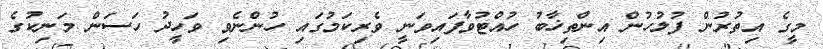
މީގެ އިތުރުން ފުލުހުން އިންތިޚާބު ހުއްޓުވާފައިވަނީ ވެރިކަމުގައި ހުންނެވި ވަހީދު ހަސަން މަނިކުގެ